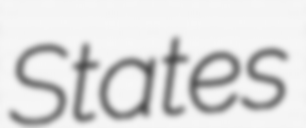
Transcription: States